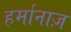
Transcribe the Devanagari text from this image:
हर्मानाज़